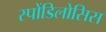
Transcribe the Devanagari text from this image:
स्पोंडिलोसिस